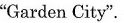
"Garden City".